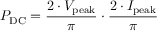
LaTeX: P _ { \mathrm { D C } } = { \frac { 2 \cdot V _ { \mathrm { p e a k } } } { \pi } } \cdot { \frac { 2 \cdot I _ { \mathrm { p e a k } } } { \pi } }